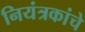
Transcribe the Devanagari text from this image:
नियंत्रकांचे